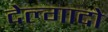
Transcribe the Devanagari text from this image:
देल्गादो